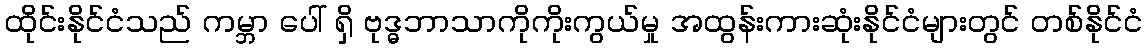
ထိုင်းနိုင်ငံသည် ကမ္ဘာ ပေါ် ရှိ ဗုဒ္ဓဘာသာကိုကိုးကွယ်မှု အထွန်းကားဆုံးနိုင်ငံများတွင် တစ်နိုင်ငံ